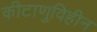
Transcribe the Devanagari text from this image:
कीटाणुविहीन